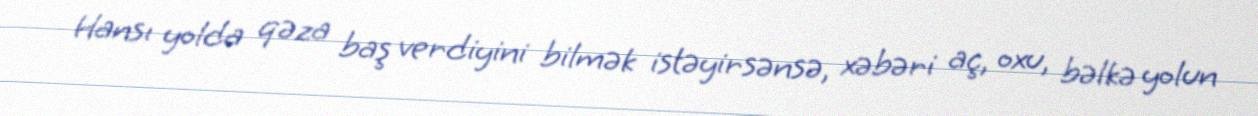
Hansı yolda qəza baş verdiyini bilmək istəyirsənsə, xəbəri aç, oxu, bəlkə yolun